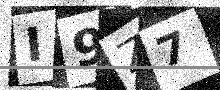
Text: I9Z7